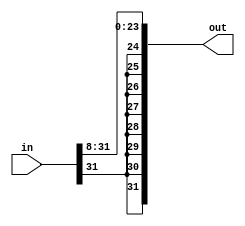
module rightshift8bit(in, out);

	/* Takes in 32-bit number and always shifts it right 8 bits. To be used in barrel shifter */
	
	input[31:0] in;
	output[31:0] out;
	
	or or1(out[31], in[31], 1'b0);
	or or2(out[30], in[31], 1'b0);
	or or3(out[29], in[31], 1'b0);
	or or4(out[28], in[31], 1'b0);
	or or5(out[27], in[31], 1'b0);
	or or6(out[26], in[31], 1'b0);
	or or7(out[25], in[31], 1'b0);
	or or8(out[24], in[31], 1'b0);
	
	genvar i;
	
	generate
		for (i = 23; i >= 0; i = i -1 ) begin: loop1
			or ori(out[i], in[i+8], 1'b0);
		end
	endgenerate
	
endmodule